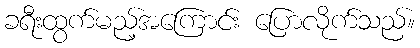
ခရီးထွက်မည့်အကြောင်း ပြောလိုက်သည်။